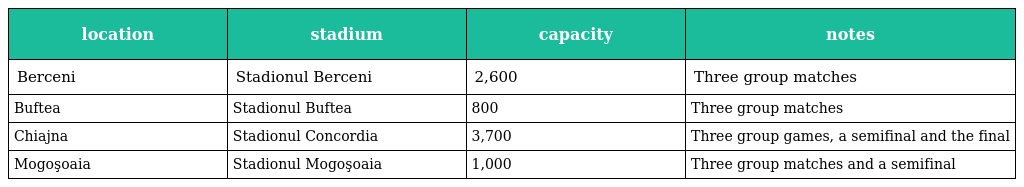
| location | stadium | capacity | notes |
 | --- | --- | --- | --- |
 | Berceni | Stadionul Berceni | 2,600 | Three group matches |
 | Buftea | Stadionul Buftea | 800 | Three group matches |
 | Chiajna | Stadionul Concordia | 3,700 | Three group games, a semifinal and the final |
 | Mogoşoaia | Stadionul Mogoşoaia | 1,000 | Three group matches and a semifinal |